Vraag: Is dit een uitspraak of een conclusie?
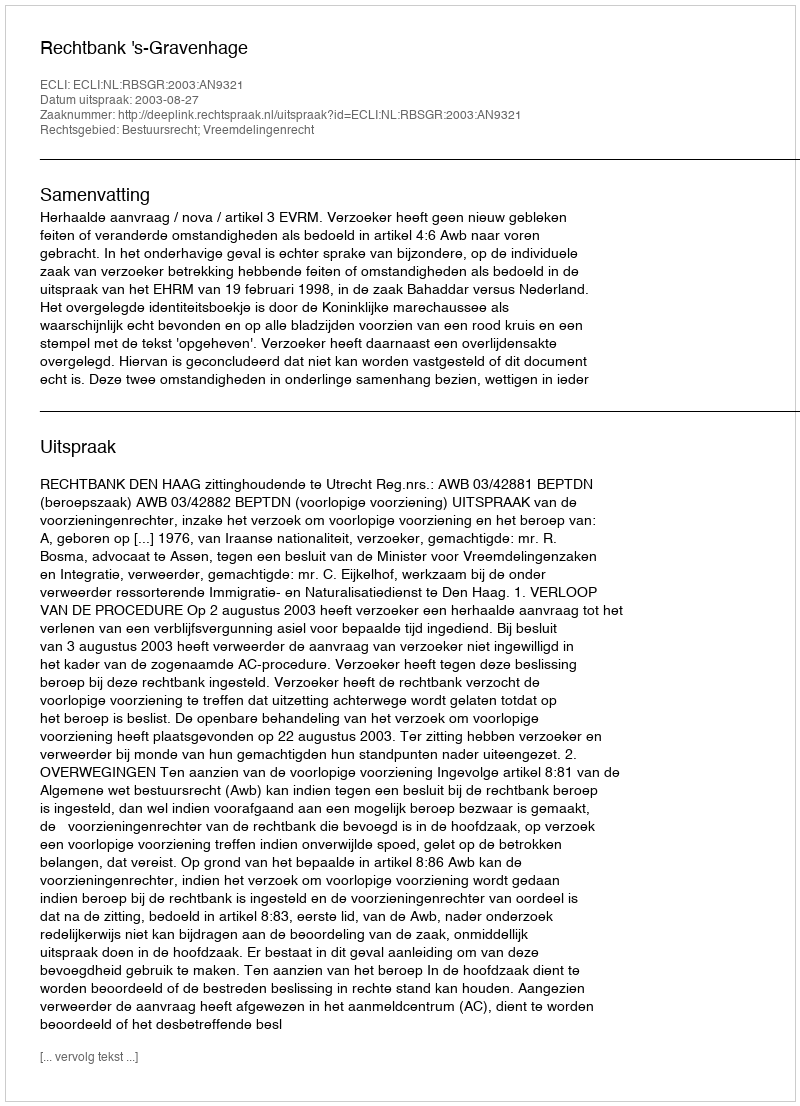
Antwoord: Uitspraak